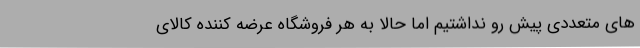
های متعددی پیش رو نداشتیم اما حالا به هر فروشگاه عرضه کننده کالای